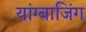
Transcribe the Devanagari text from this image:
यांग्बाजिंग